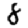
Digit: 8